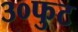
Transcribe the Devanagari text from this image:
३०फुट